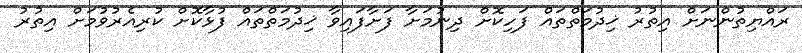
ރައްޔިތުންނަށް އިތުރު ޚިދުމަތްތައް ފަހިކޮށް ދިނުމަށާ ފަށާފައިވާ ޚިދުމަތްތައް ފުޅާކޮށް ކުރިއެރުވުމަށް އިތުރު